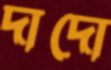
দাদো